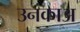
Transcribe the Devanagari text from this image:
उनकाअ